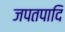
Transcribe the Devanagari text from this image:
जपतपादि